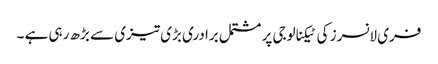
فری لانسرز کی ٹیکنالوجی پر مشتمل برادری بڑی تیزی سے بڑھ رہی ہے ۔